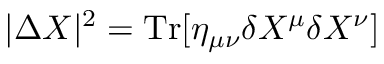
| \Delta X | ^ { 2 } = \mathrm { T r } [ \eta _ { \mu \nu } \delta X ^ { \mu } \delta X ^ { \nu } ]